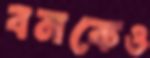
বনকেও